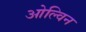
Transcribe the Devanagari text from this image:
ओल्विन